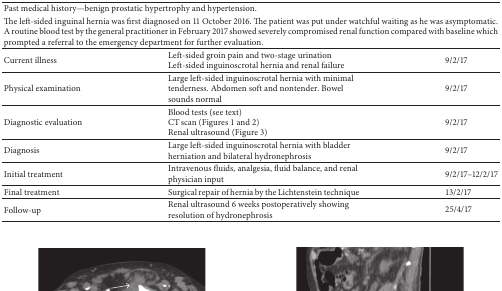
| <COLSPAN=3> Past medical history—benign prostatic hypertrophy and hypertension. |
 | <COLSPAN=3> The left-sided inguinal hernia was first diagnosed on 11 October 2016. The patient was put under watchful waiting as he was asymptomatic. A routine blood test by the general practitioner in February 2017 showed severely compromised renal function compared with baseline which prompted a referral to the emergency department for further evaluation. |
 | --- | --- | --- |
 | <ROWSPAN=2> Current illness | Left-sided groin pain and two-stage urination | <ROWSPAN=2> 9/2/17 |
 | Left-sided inguinoscrotal hernia and renal failure |
 | Physical examination | Large left-sided inguinoscrotal hernia with minimal tenderness. Abdomen soft and nontender. Bowel sounds normal | 9/2/17 |
 | <ROWSPAN=3> Diagnostic evaluation | Blood tests (see text) | <ROWSPAN=3> 9/2/17 |
 | CT scan (Figures 1 and 2) |
 | Renal ultrasound (Figure 3) |
 | Diagnosis | Large left-sided inguinoscrotal hernia with bladder herniation and bilateral hydronephrosis | 9/2/17 |
 | Initial treatment | Intravenous fluids, analgesia, fluid balance, and renal physician input | 9/2/17–12/2/17 |
 | Final treatment | Surgical repair of hernia by the Lichtenstein technique | 13/2/17 |
 | Follow-up | Renal ultrasound 6 weeks postoperatively showing resolution of hydronephrosis | 25/4/17 |